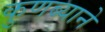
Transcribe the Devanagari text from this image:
कुणब्याने